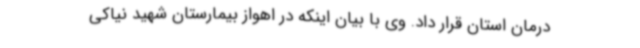
درمان استان قرار داد. وی با بیان اینکه در اهواز بیمارستان شهید نیاکی